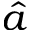
\hat { a }